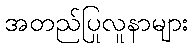
အတည်ပြုလူနာများ